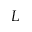
L